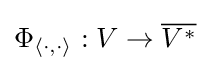
\Phi _{\langle \cdot ,\cdot \rangle }:V\to {\overline {V^{*}}}